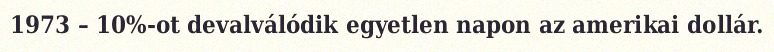
1973 – 10%-ot devalválódik egyetlen napon az amerikai dollár.